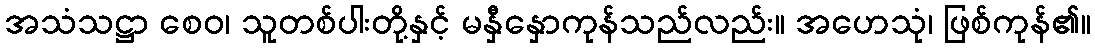
အသံသဋ္ဌာ စေဝ၊ သူတစ်ပါးတို့နှင့် မနှီနှောကုန်သည်လည်း။ အဟေသုံ၊ ဖြစ်ကုန်၏။